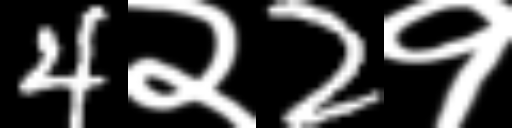
Text: 4२2१